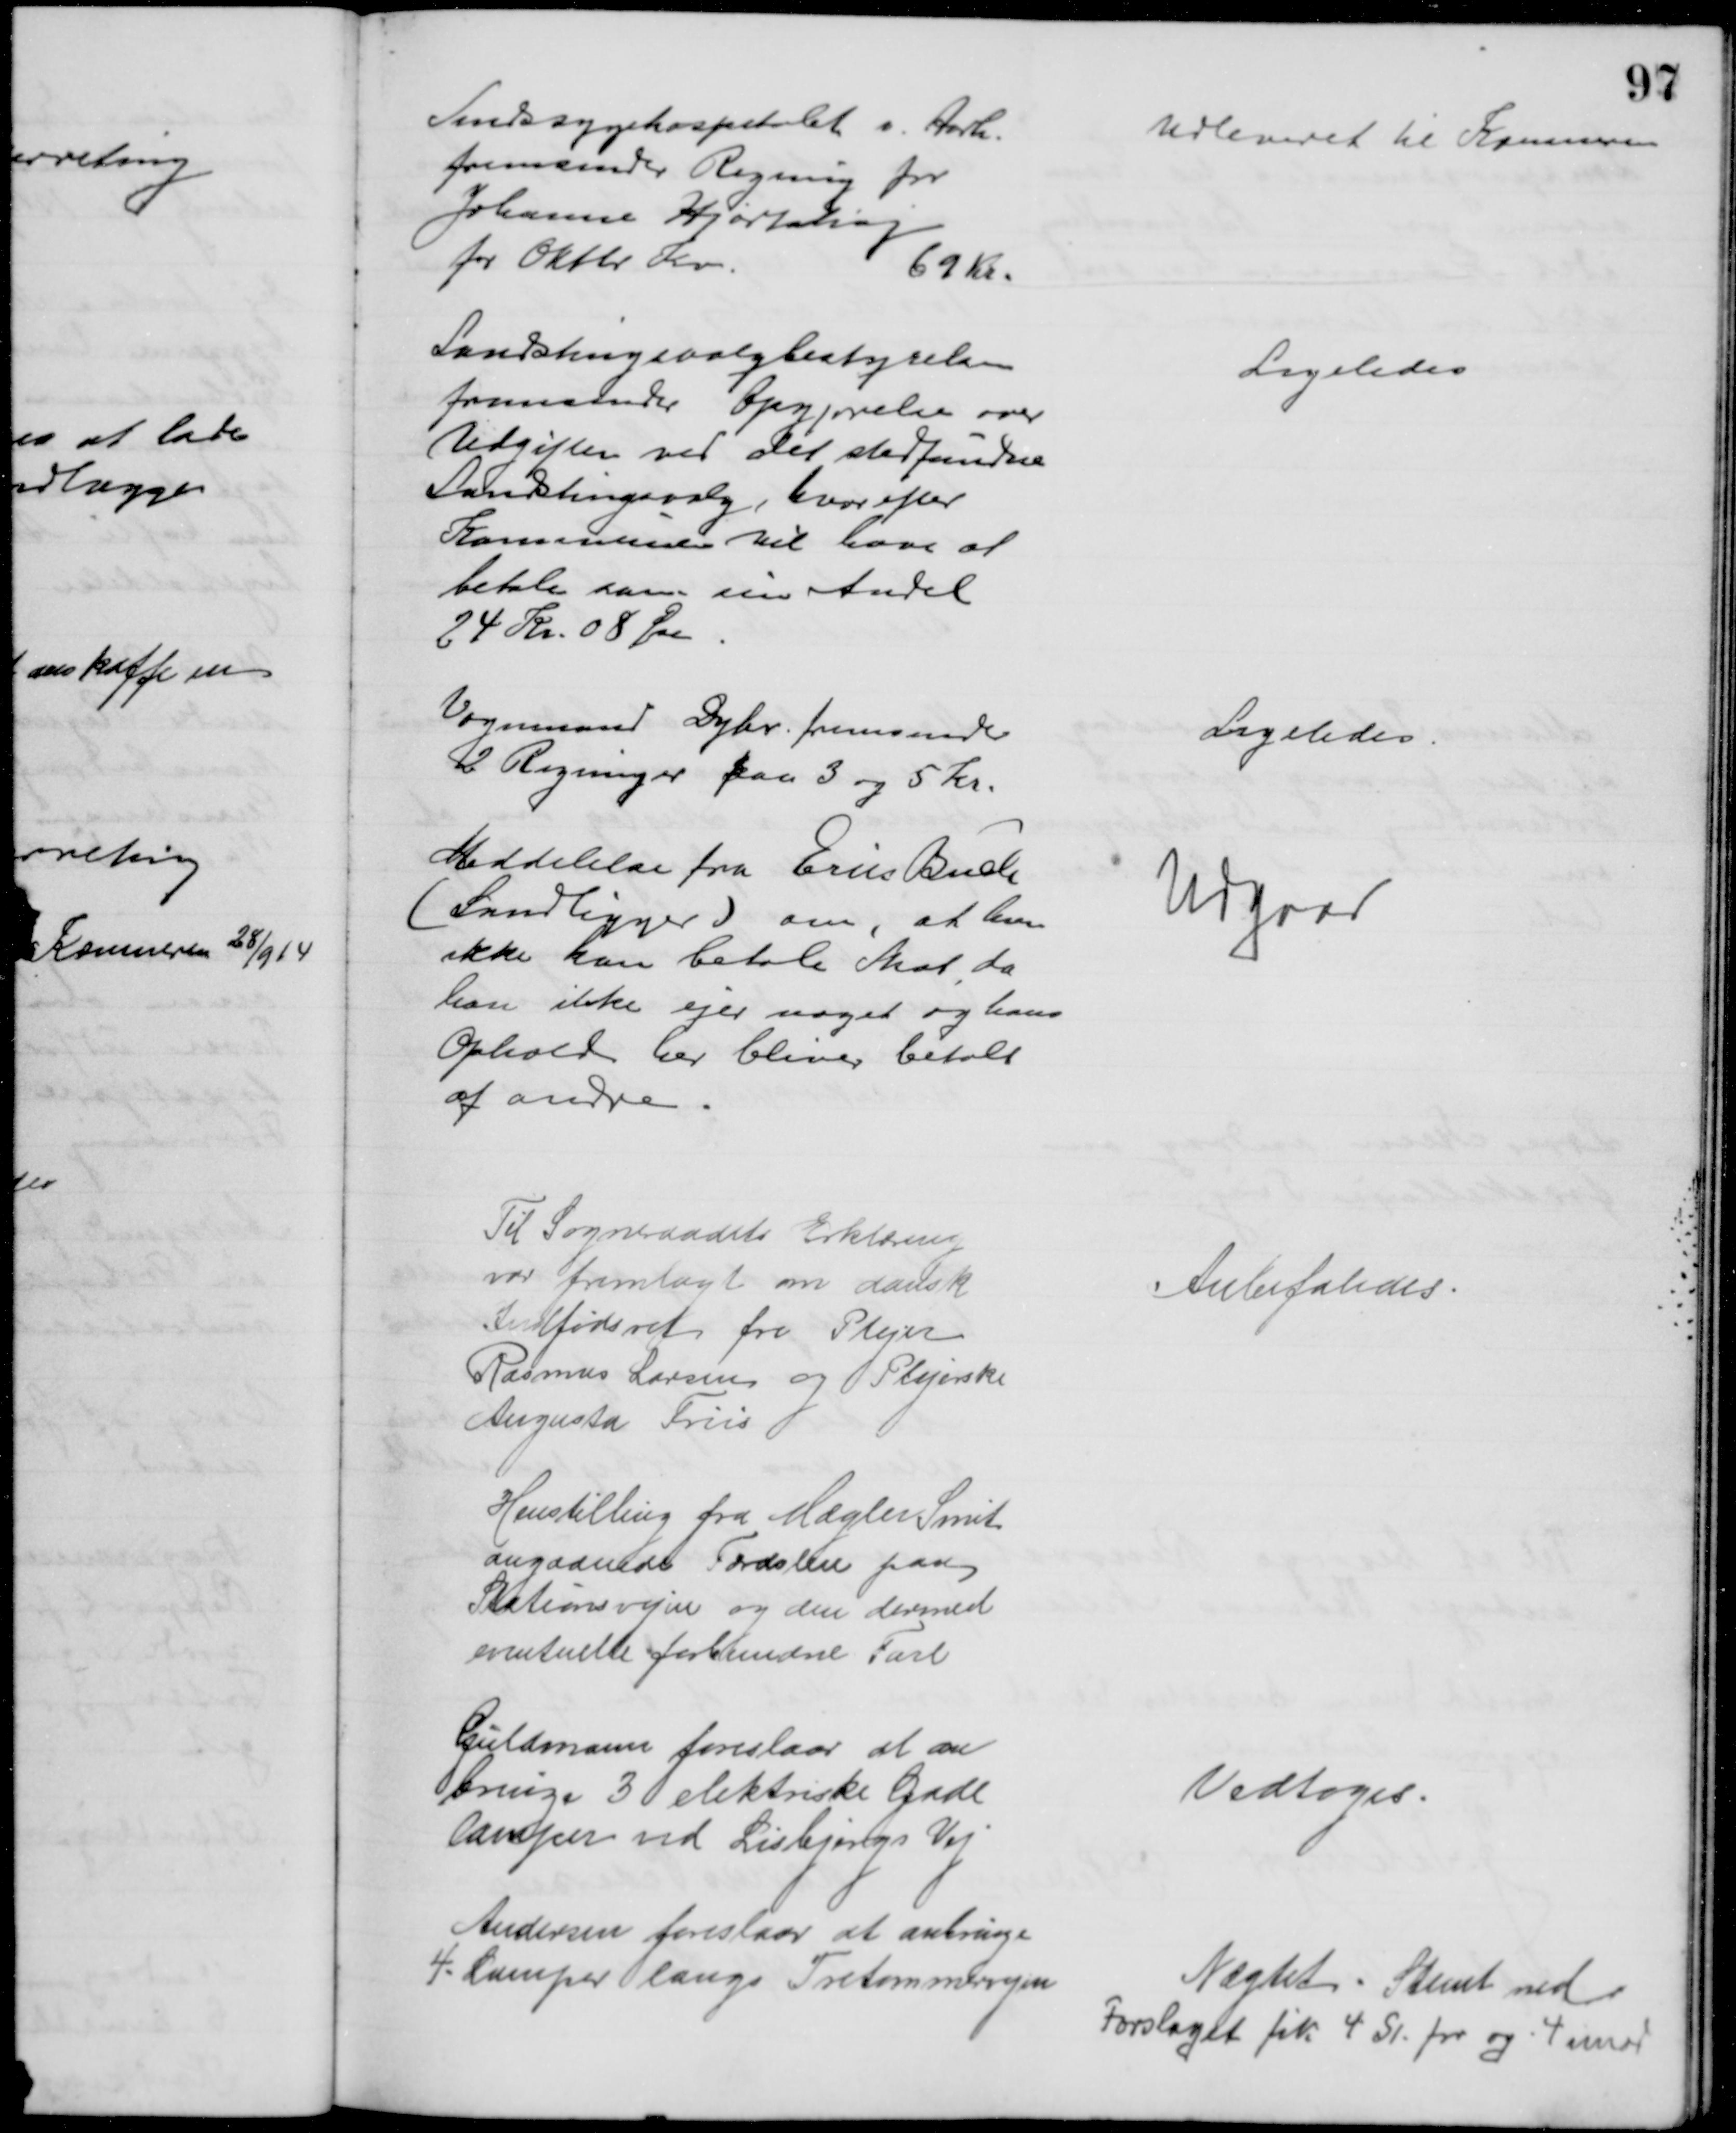
Transskription:
Sindssygehospitalet v. Aarh.
fremsender Regning for
Johanne Hjortshøj
for Oktbr Kv.
69 Kr.
Udleveret til Kæmneren
Landstingsvalgbestyrelsen
fremsender Opgjørelse over
Udgiften ved det stedfundne
Landstingsvalg, hvorefter
Kommunen vil have af
betale som sin Andel
24 Kr. 08 Øre
Ligeledes
Vognmand Dyhr. fremsender
2 Regninger paa 3 og 5 Kr.
Ligeledes.
Meddelelse fra Erin Buch
(Landligger) om, at han
ikke kan betale Skat, da
han ikke ejer noget og hans
Ophold her bliver betalt
af andre
Udgaar
Til Sogneraadets Erklæring
var fremlagt om dansk
Indfødsret fra Plejer
Rasmus Larsen og Plejerske
Augusta Friis
Anbefaledes
Henstilling fra Mægler Smit
angaaende Færdslen paa
Stationsvejen og den dermed
eventuelte forbundne Fare
Guldmann foreslaar at an
bringe 3 elektriske Gade
lamper ved Lisbjergs Vej
Vedtoges
Andersen foreslaar at anbringe
4 Lamper langs Tretommervejen
Nægtet. Stemt ned
Forslaget fik 4 St. for og 4 imod